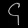
Digit: ၄